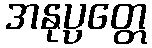
အနုပ္ပတ္တေ